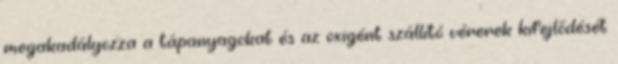
megakadályozza a tápanyagokat és az oxigént szállító vérerek kifejlődését